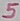
Text: 5